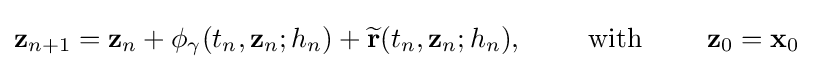
\mathbf {z} _{n+1}=\mathbf {z} _{n}+\mathbf {\phi } _{\gamma }(t_{n},\mathbf {z} _{n};h_{n})+{\widetilde {\mathbf {r} }}(t_{n},\mathbf {z} _{n};h_{n}),\qquad {\text{ with }}\qquad \mathbf {z} _{0}=\mathbf {x} _{0}